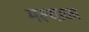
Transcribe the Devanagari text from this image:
मल्याळा